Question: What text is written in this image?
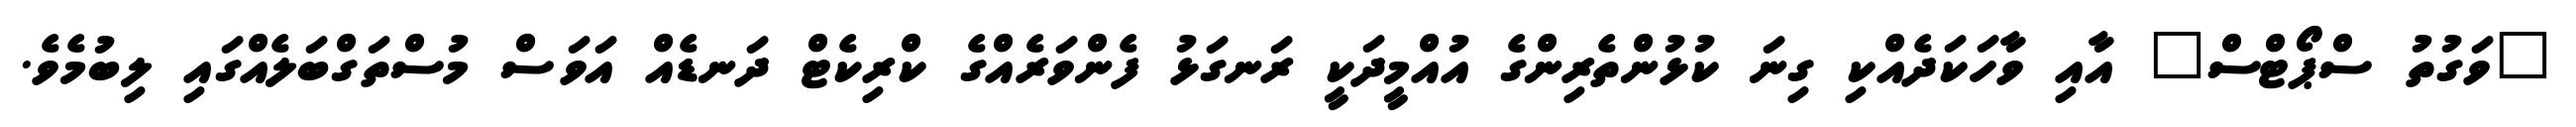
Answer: "ވަގުތު ސްޕޯޓްސް" އާއި ވާހަކަދެއްކި ގިނަ ކުޅުންތެރިންގެ އުއްމީދަކީ ރަނގަޅު ފެންވަރެއްގެ ކްރިކެޓް ދަނޑެއް އަވަސް މުސްތަގްބަލެއްގައި ލިބުމެވެ.